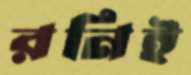
রনিই